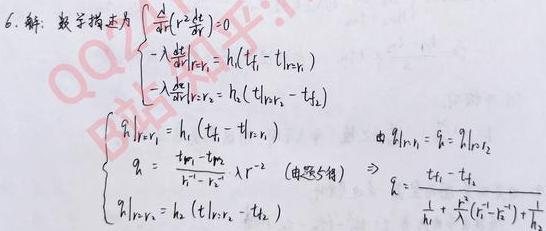
\[
\begin{cases}
\frac{d}{dr}(r^2\frac{d\theta}{dr}) = 0 \\
-\lambda\frac{d\theta}{dr}\big|_{r = r_1} = h_1(t_f - t|_{r = r_1}) \\
-\lambda\frac{d\theta}{dr}\big|_{r = r_2} = h_2(t|_{r = r_2} - t_2)
\end{cases}
\]
\[
\begin{cases}
q|_{r = r_1} = h_1(t_f - t|_{r = r_1}) \\
q = \frac{t_{f1}-t_{f2}}{h^{-1}+r_1^{-2}}\lambda r^{-2} \quad (\text{由题设得}) \\
q|_{r = r_2} = h_2(t|_{r = r_2} - t_2)
\end{cases}
\]
\[
\Rightarrow q = \frac{t_f - t_2}{\frac{1}{h_1}+\frac{\lambda}{r_1^2}(r_1^2 - r_2^2)+\frac{1}{h_2}}
\]